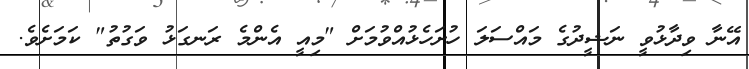
އޭނާ ވިދާޅުވީ ނަޝީދުގެ މައްސަލަ ހުށަހެޅުއްވުމަށް "މިއީ އެންމެ ރަނގަޅު ވަގުތު" ކަމަށެވެ.